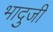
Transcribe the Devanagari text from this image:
भादुजी